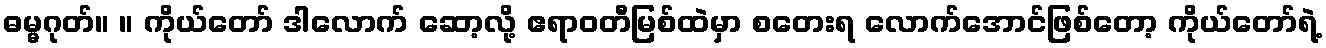
ဓမ္မဂုတ်။ ။ ကိုယ်တော် ဒါလောက် ဆော့လို့ ဧရာဝတီမြစ်ထဲမှာ စတေးရ လောက်အောင်ဖြစ်တော့ ကိုယ်တော်ရဲ့